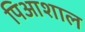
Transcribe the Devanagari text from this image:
पिआशाल